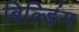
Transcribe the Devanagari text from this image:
बिल्‍डिंग